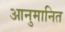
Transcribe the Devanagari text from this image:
आनुमानित